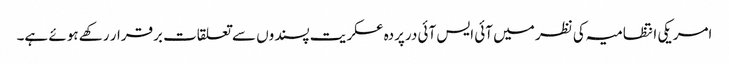
امریکی انتظامیہ کی نظر میں آئی ایس آئی درپردہ عسکریت پسندوں سے تعلقات برقرار رکھے ہوئے ہے۔